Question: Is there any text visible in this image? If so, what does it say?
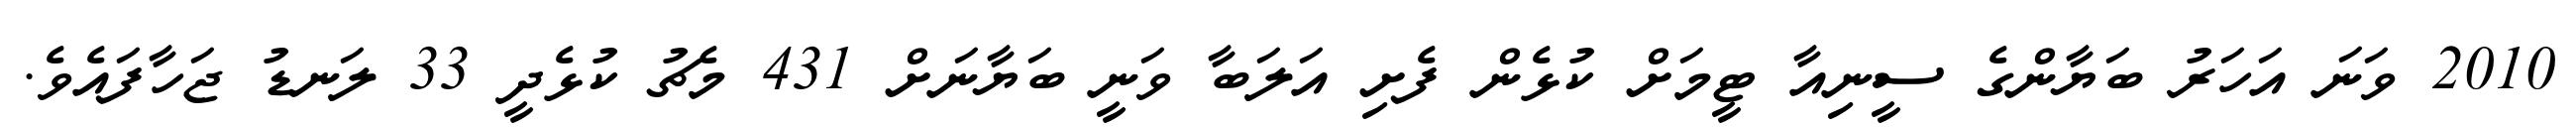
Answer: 2010 ވަނަ އަހަރު ބަޔާންގެ ސީނިއާ ޓީމަށް ކުޅެން ފެށި އަލަބާ ވަނީ ބަޔާނަށް 431 މެޗު ކުޅެދީ 33 ލަނޑު ޖަހާފައެވެ.